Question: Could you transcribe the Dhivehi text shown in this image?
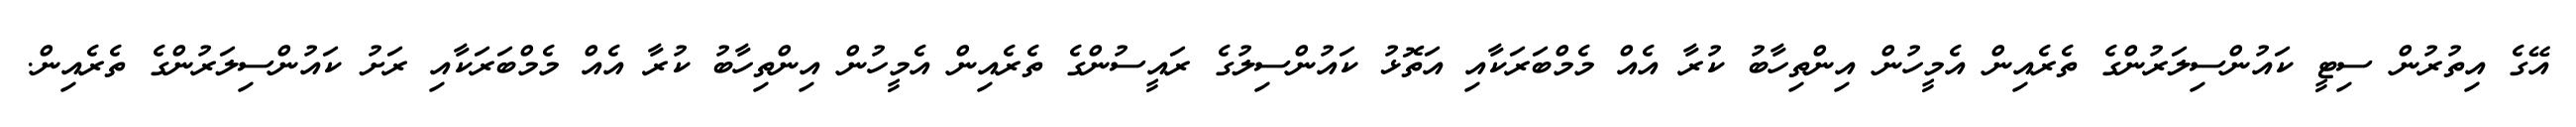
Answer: އޭގެ އިތުރުން ސިޓީ ކައުންސިލަރުންގެ ތެރެއިން އެމީހުން އިންތިހާބު ކުރާ އެއް މެމްބަރަކާއި އަތޮޅު ކައުންސިލުގެ ރައީސުންގެ ތެރެއިން އެމީހުން އިންތިހާބު ކުރާ އެއް މެމްބަރަކާއި ރަށު ކައުންސިލަރުންގެ ތެރެއިން.